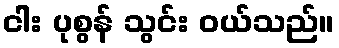
ငါး ပုစွန် သွင်း ဝယ်သည်။